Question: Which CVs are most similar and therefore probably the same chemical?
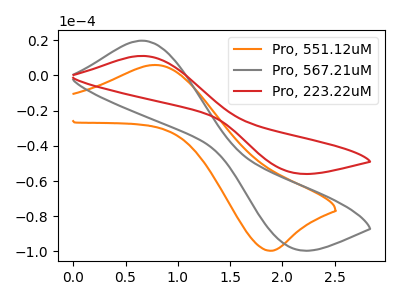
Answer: <think>The orange curve "Pro, 551.12uM" has an anodic peak at (0.80V, 6.00uA) and a cathodic peak at (1.90V, -99.65uA). The gray curve "Pro, 567.21uM" has an anodic peak at (0.65V, 19.80uA) and a cathodic peak at (2.10V, -98.15uA). The red curve "Pro, 223.22uM" has an anodic peak at (0.65V, 11.15uA) and a cathodic peak at (2.10V, -55.15uA).
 "Pro, 551.12uM" and "Pro, 567.21uM" have at least one peak that do not match. "Pro, 551.12uM" and "Pro, 223.22uM" have at least one peak that do not match. All the peaks in "Pro, 567.21uM" have a peak in "Pro, 223.22uM" at the same potential. Every peak in "Pro, 567.21uM" is higher than every peak in "Pro, 223.22uM".</think>
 <answer>"Pro, 567.21uM" and "Pro, 223.22uM" have the same shape and are likely CV's of the same chemical.</answer>
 <eval>"Pro, 567.21uM" "Pro, 223.22uM"</eval>